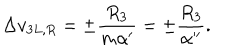
\Delta v _ { 3 L , R } = \pm \frac { R _ { 3 } } { m \alpha ^ { \prime } } = \pm \frac { R _ { 3 } } { \alpha ^ { \prime \prime } } .